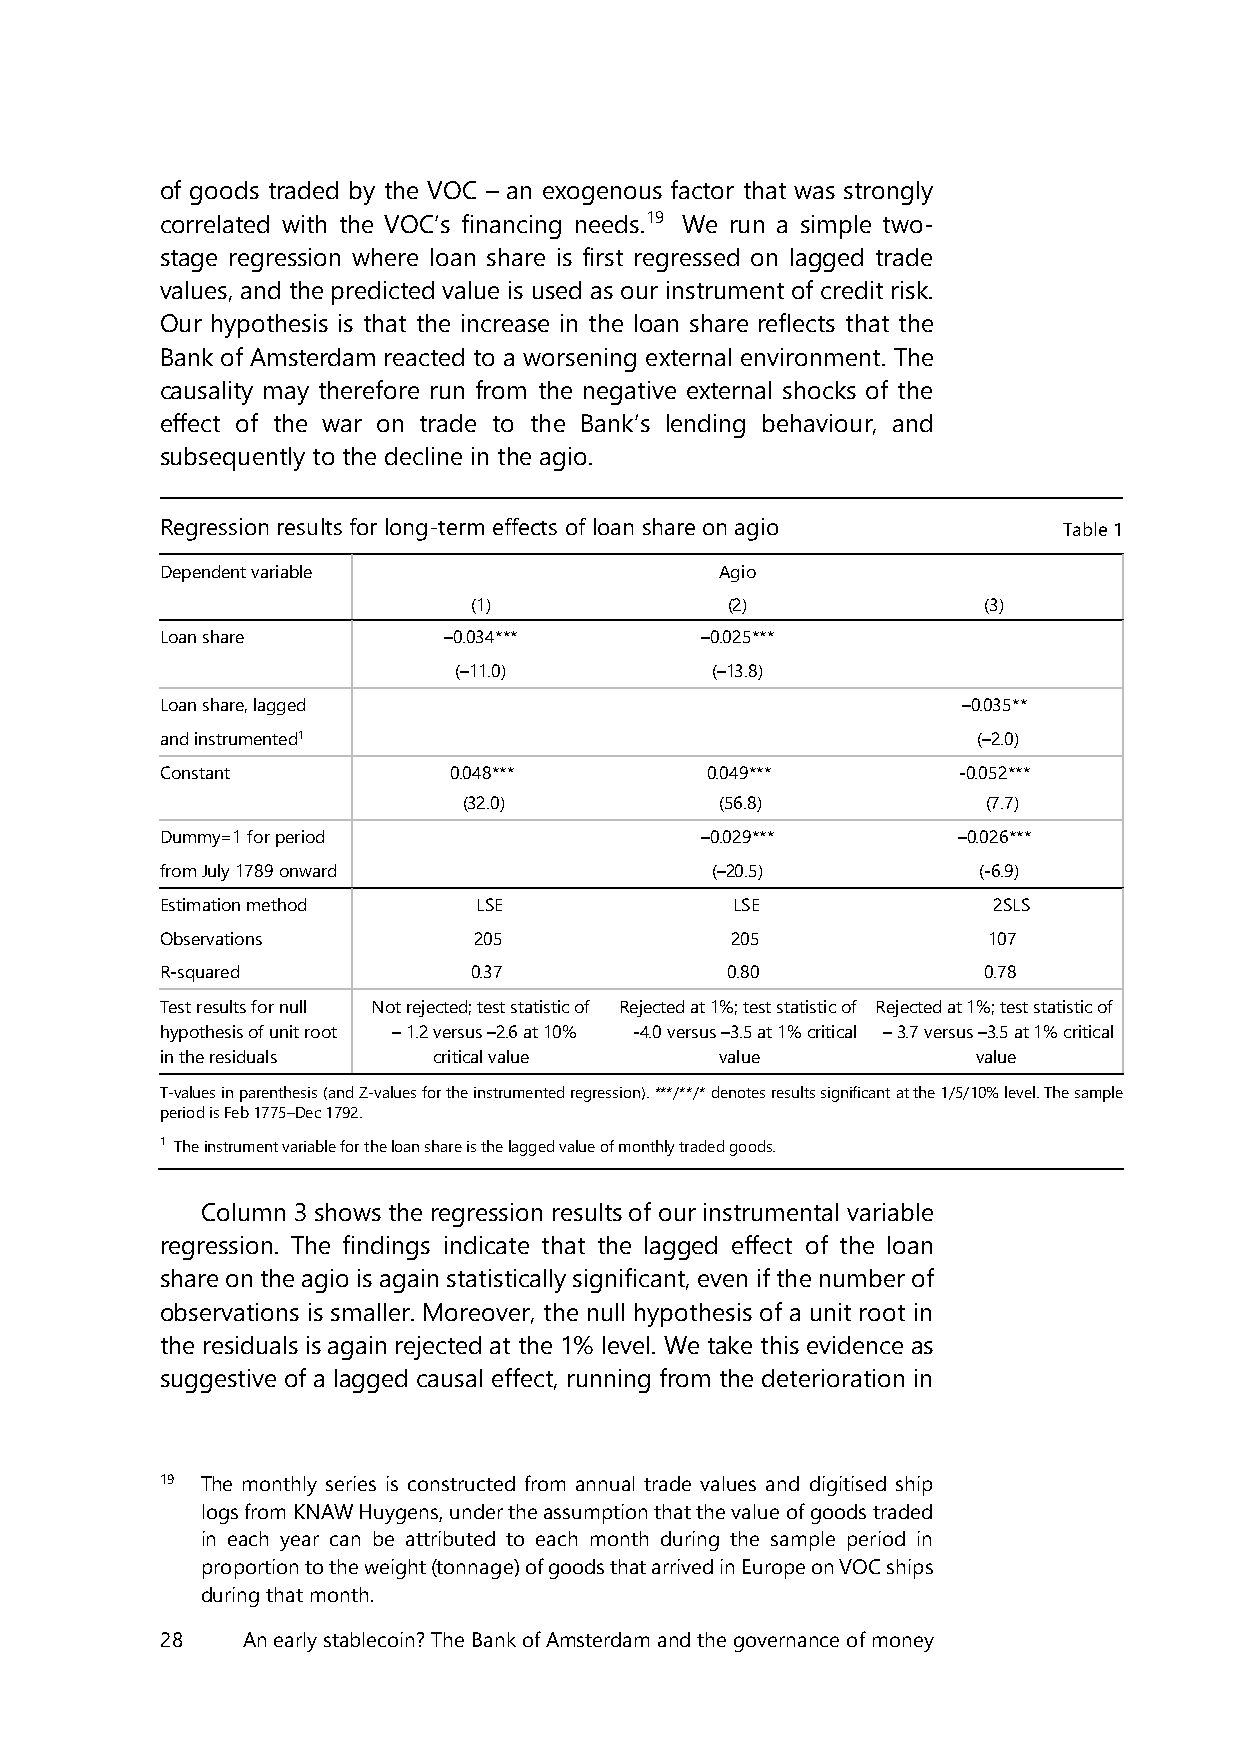
of goods traded by the VOC – an exogenous factor that was strongly
 correlated with the VOC’s financing needs.19 We run a simple two-
 stage regression where loan share is first regressed on lagged trade
 values, and the predicted value is used as our instrument of credit risk.
 Our hypothesis is that the increase in the loan share reflects that the
 Bank of Amsterdam reacted to a worsening external environment. The
 causality may therefore run from the negative external shocks of the
 effect of the war on trade to the Bank’s lending behaviour, and
 subsequently to the decline in the agio.
 Regression results for long-term effects of loan share on agio Table 1
 Dependent variable                   Agio
 (1)              (2)              (3)
 Loan share        –0.034***        –0.025***
 (–11.0)          (–13.8)
 Loan share, lagged                                   –0.035**
 and instrumented1                                     (–2.0)
 Constant           0.048***         0.049***        -0.052***
 (32.0)           (56.8)           (7.7)
 Dummy=1 for period                 –0.029***        –0.026***
 from July 1789 onward               (–20.5)           (-6.9)
 Estimation method    LSE              LSE              2SLS
 Observations        205              205              107
 R-squared           0.37             0.80             0.78
 Test results for null Not rejected; test statistic of Rejected at 1%; test statistic of Rejected at 1%; test statistic of
 hypothesis of unit root – 1.2 versus –2.6 at 10% -4.0 versus –3.5 at 1% critical – 3.7 versus –3.5 at 1% critical
 in the residuals  critical value     value            value
 T-values in parenthesis (and Z-values for the instrumented regression). ***/**/* denotes results significant at the 1/5/10% level. The sample
 period is Feb 1775–Dec 1792.
 1 The instrument variable for the loan share is the lagged value of monthly traded goods.
 Column 3 shows the regression results of our instrumental variable
 regression. The findings indicate that the lagged effect of the loan
 share on the agio is again statistically significant, even if the number of
 observations is smaller. Moreover, the null hypothesis of a unit root in
 the residuals is again rejected at the 1% level. We take this evidence as
 suggestive of a lagged causal effect, running from the deterioration in
 19 The monthly series is constructed from annual trade values and digitised ship
 logs from KNAW Huygens, under the assumption that the value of goods traded
 in each year can be attributed to each month during the sample period in
 proportion to the weight (tonnage) of goods that arrived in Europe on VOC ships
 during that month.
 28   An early stablecoin? The Bank of Amsterdam and the governance of money